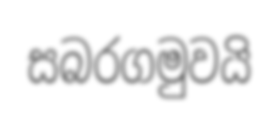
සබරගමුවයි